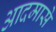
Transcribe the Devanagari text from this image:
आदमासे